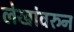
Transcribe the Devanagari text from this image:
लेखांवरुन